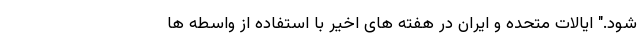
شود." ایالات متحده و ایران در هفته های اخیر با استفاده از واسطه ها